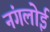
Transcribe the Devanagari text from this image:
नंगलोई